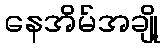
နေအိမ်အချို့